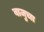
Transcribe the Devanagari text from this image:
बाजुचा